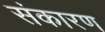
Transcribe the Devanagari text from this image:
संकारण